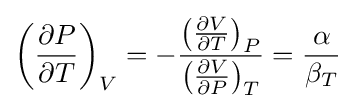
\left({\frac {\partial P}{\partial T}}\right)_{V}=-{\frac {\left({\frac {\partial V}{\partial T}}\right)_{P}}{\left({\frac {\partial V}{\partial P}}\right)_{T}}}={\frac {\alpha }{\beta _{T}}}